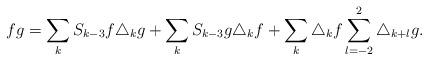
LaTeX: \begin{align*}fg=\sum_{k} S_{k-3}f\triangle_k g + \sum_{k}S_{k-3}g\triangle_k f+ \sum_{k}\triangle_k f\sum_{l=-2}^2 \triangle_{k+l} g.\end{align*}